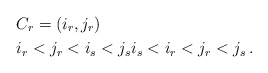
\begin{align*} &C_r=(i_r,j_r) \\ & i_r<j_r<i_s<j_s i_s<i_r<j_r<j_s\,.\end{align*}